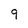
Character: 9